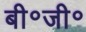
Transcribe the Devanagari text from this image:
बी॰जी॰